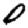
Digit: 0